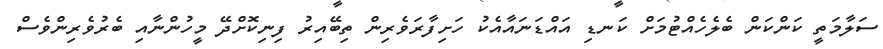
ސަލާމަތީ ކަންކަން ބެލެހެއްޓުމަށް ކަނޑި އައްޑަނައާއެކު ހަށިފާރަވެރިން ތިބޭއިރު ފިނިކޮށްދޭ މީހުންނާއި ބެރުވެރިންވެސް